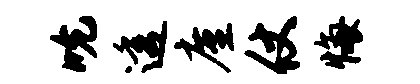
吮透廑仗悔